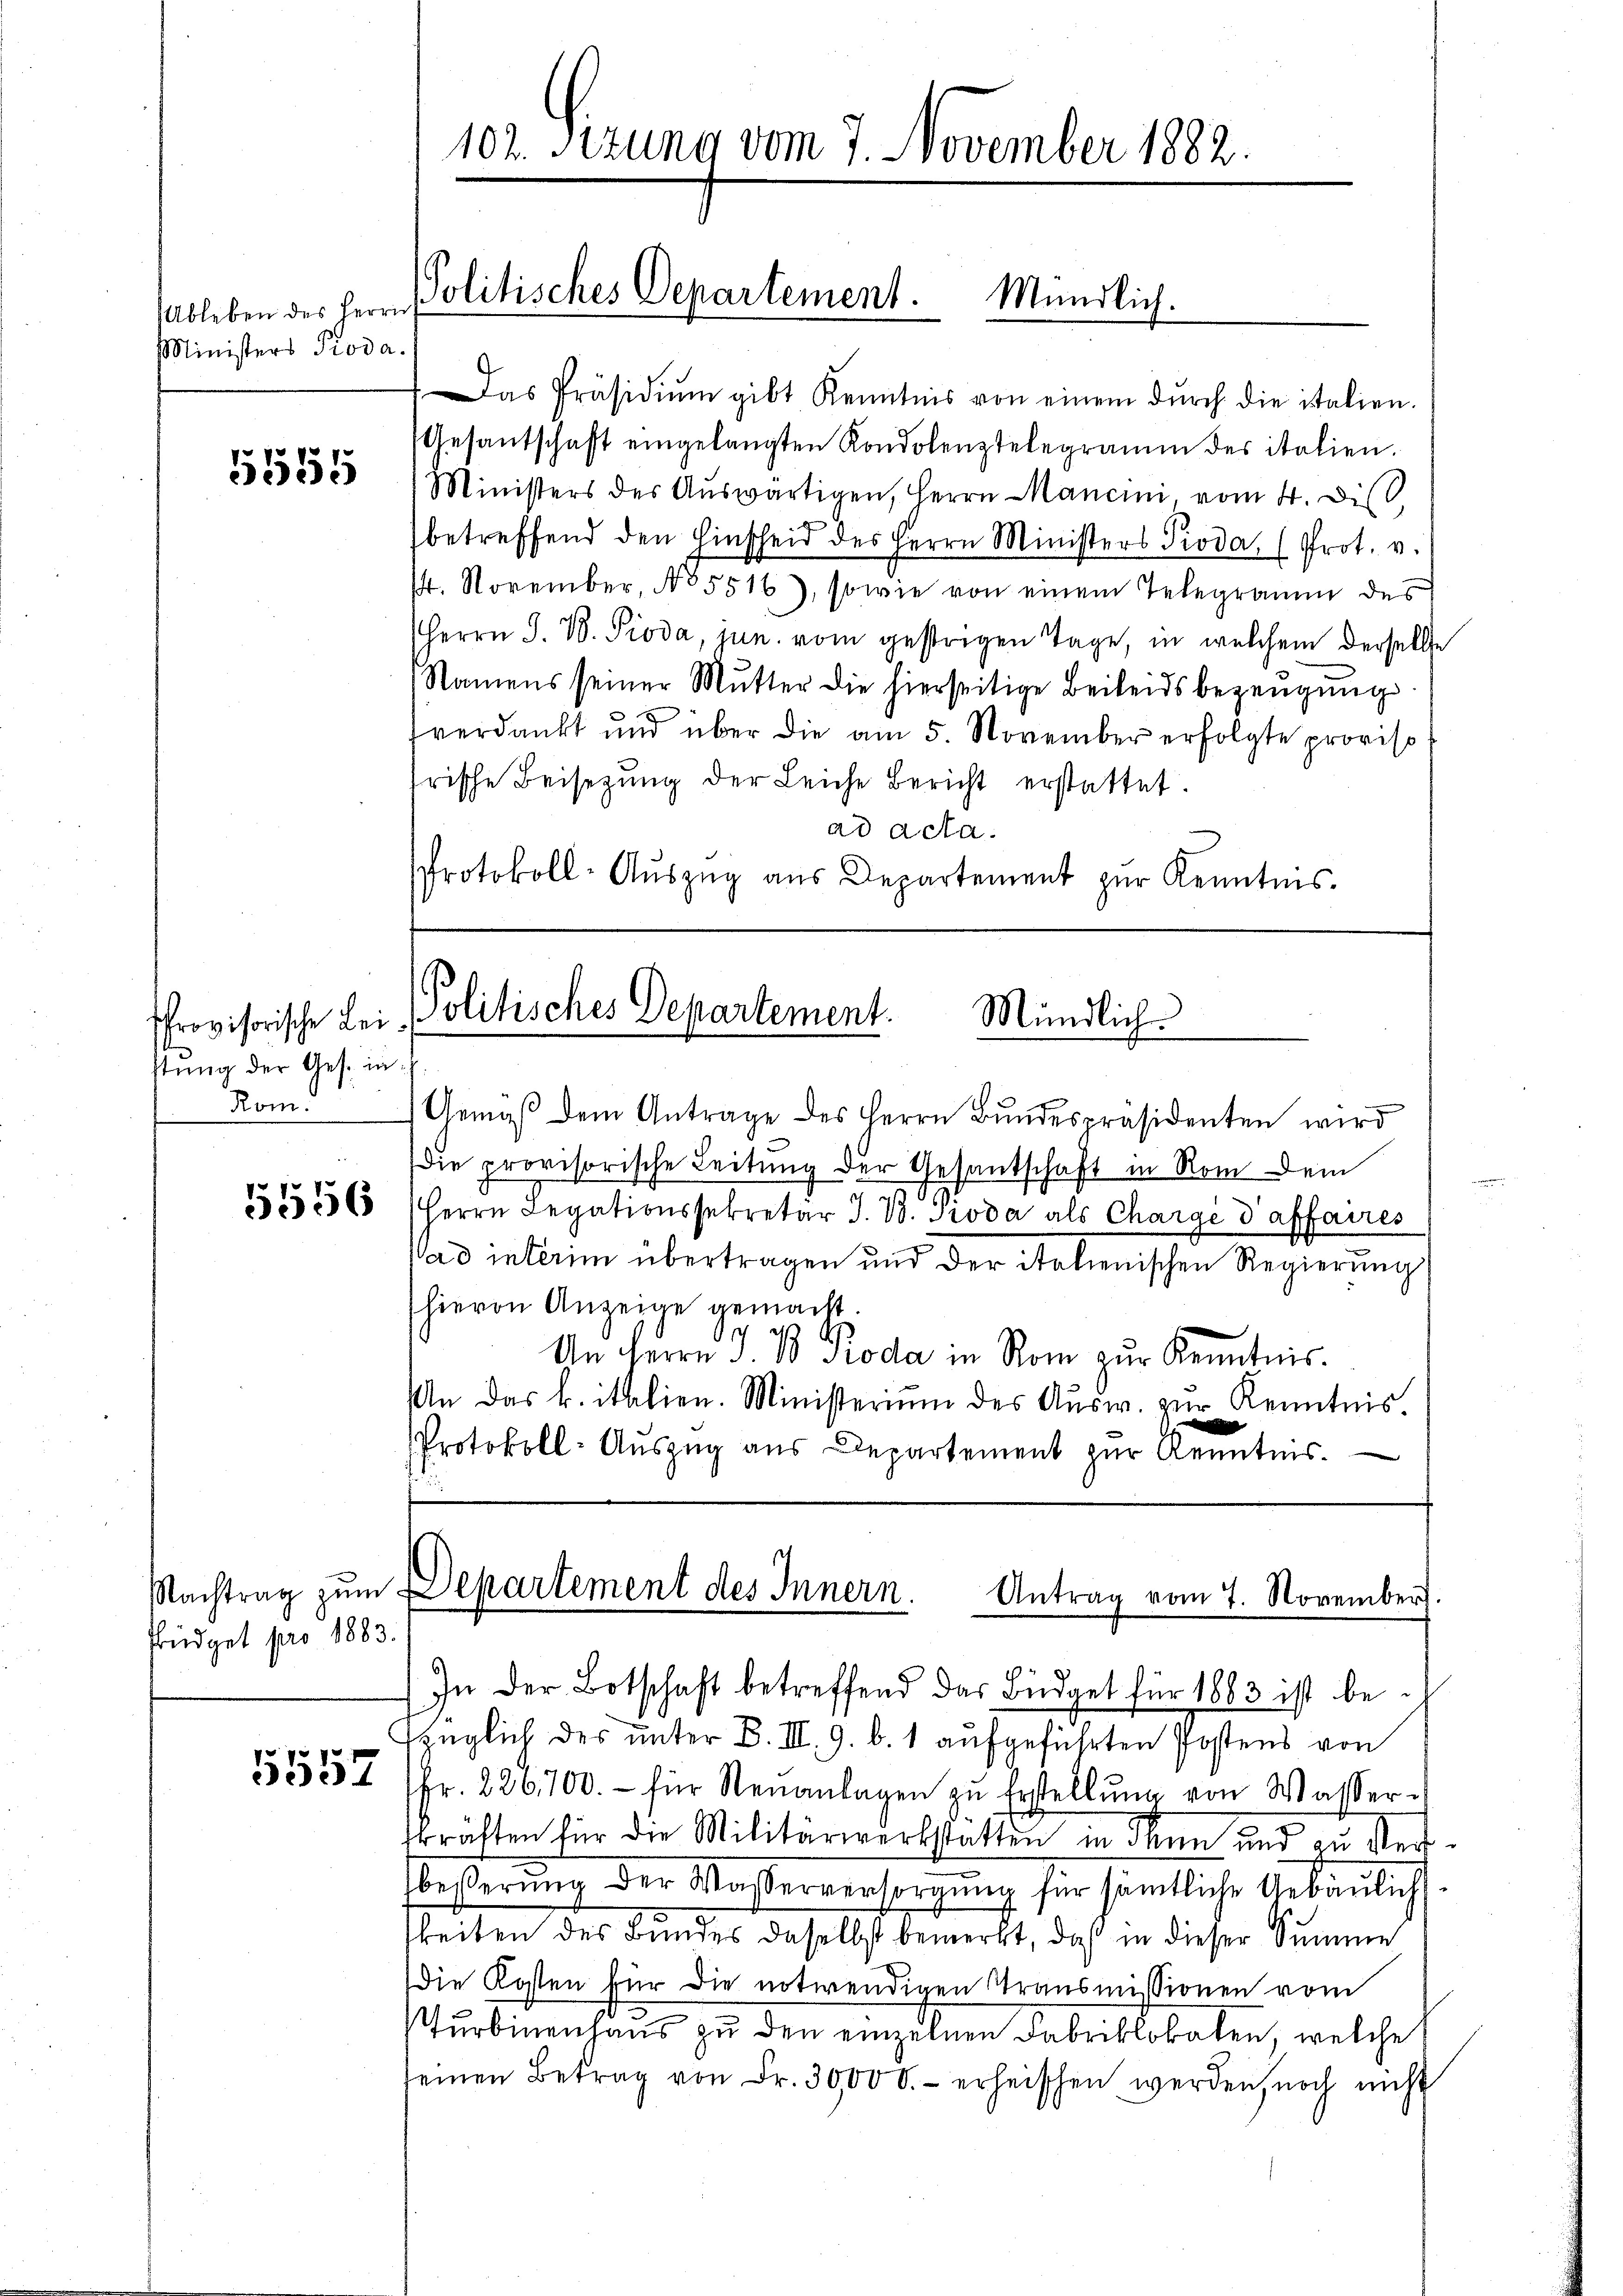
Ableben des Herrn
Ministers Pioda.

5555

Provisorische Leistung der Ges. in
Rom.

5556

Büdget pro 1883.

5557

Das Präsidiŭm gibt Kenntnis von einem dŭrch die italien.
Gesantschaft eingelangten Kondolenztelegramm des italien.
Ministers des Aŭswärtigen, Herrn Mancini, vom 4. dis
betreffend den Hinscheid des Herrn Ministers Pioda, (Prot. v.
4. November, No 5516), sowie von einem Telegramm des
Herrn J. B. Pioda, jun. vom gestrigen Tage, in welchem derselbe
Namens seiner Mutter die hierseitige Beileidsbezeugung
verdankt und über die am 5. November erfolgte proviso
frische Beisetzŭng der Leiche Bericht erstattet.
ad acta.
Protokoll-Aŭszŭg aŭs Departement zŭr Kenntnis.

Gemäβ dem Antrage des Herrn Bundespräsidenten wird
die provisorische Leitung der Gesantschaft in Rom dem
Herrn Legationssekretär J. B. Groda als Chargé d’affaires
Wad interim übertragen und der italienischen Regierung
hievon Anzeige gemacht.
e
An Herrn J. B. Roda in Rom zŭr Kenntnis.
An das k. italien. Ministerium des Ausw. zur Kenntnis.
Protokoll-Auszug aus Departement zur Kenntnis.

In der Botschaft betreffend das Büdget für 1883 ist be¬

102. Sizung vom 7. November 1882

Politisches Departement. Mündlich.

Politisches Departement.
Mündlich

Nachtrag zŭm Departement des Innern. Antrag vom 7. November.

züglich des unter B. III. 9. b. 1 aufgeführten Postens von
fr. 226,700.- für Neŭanlagen zu Erstellŭng von Wasser-
skräften für die Militärwerkstatten in dann und zu Reitbeßerung der Masserversorgung für sämtliche Gebäulich
keiten des Bundes daselbst bemerkt, daß in dieser Summe
die Kosten für die notwendigen Stransmissionen vom
Turbinenhaus zu den einzelnen Fabriklokaten, welche
seinen Betrag von Fr. 30,000.- erheischen werden, noch nicht